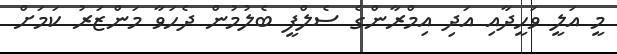
މީ އަލީ ވަހީދާއި އަދި އިމްރާންގެ ސެލްފީ ބެލުމުން ދެހަވާ މަންޒަރު ކަމަށް